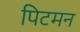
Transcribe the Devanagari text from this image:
पिटमन